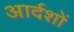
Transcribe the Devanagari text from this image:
आर्दशों